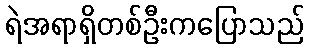
ရဲအရာရှိတစ်ဦးကပြောသည်